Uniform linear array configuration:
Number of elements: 8
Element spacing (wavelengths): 0.75
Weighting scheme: cosine
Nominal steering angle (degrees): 0
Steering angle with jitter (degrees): -0.6052
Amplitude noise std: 0.05
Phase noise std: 0.05

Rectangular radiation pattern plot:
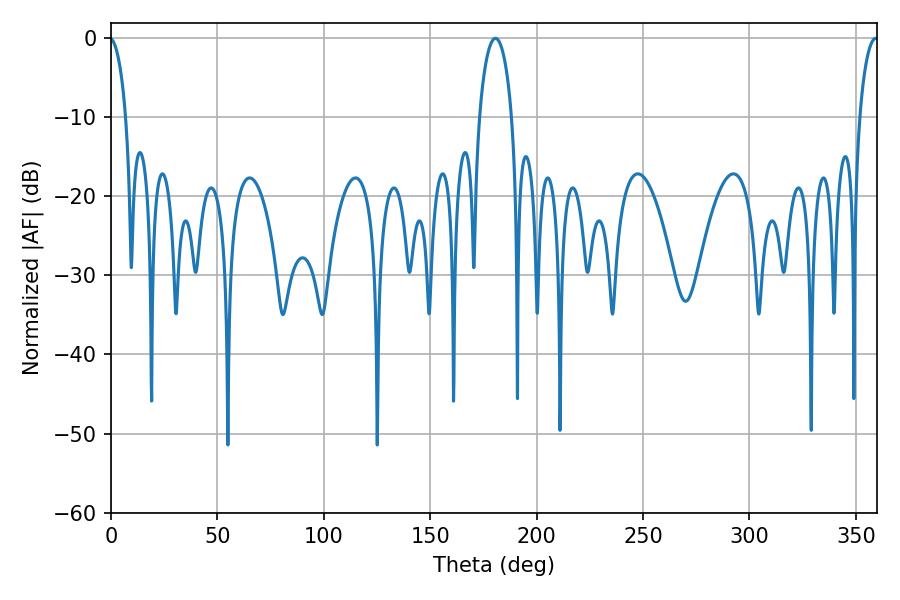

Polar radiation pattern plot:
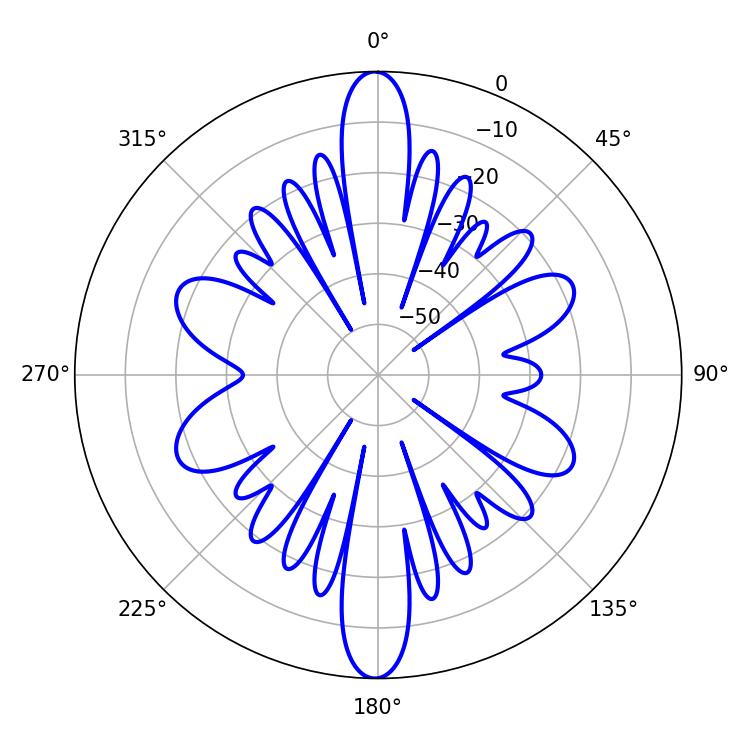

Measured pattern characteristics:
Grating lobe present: TRUE
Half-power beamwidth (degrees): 8.82
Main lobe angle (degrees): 180.72